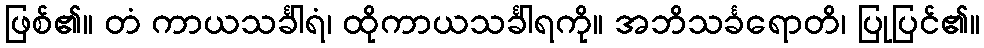
ဖြစ်၏။ တံ ကာယသင်္ခါရံ၊ ထိုကာယသင်္ခါရကို။ အဘိသင်္ခရောတိ၊ ပြုပြင်၏။